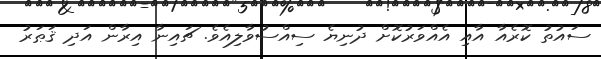
ސައުތު ކޮރެއާ އާއި އެއްވަރުކޮށް ދުނިޔެ ސިއްސުވާލިއެވެ. ޗައިނާ އިރާން އަދި ޤަޠަރު